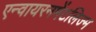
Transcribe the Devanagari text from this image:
एन्वायरनमेंटलिज्म